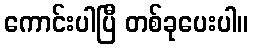
ကောင်းပါပြီ တစ်ခုပေးပါ။